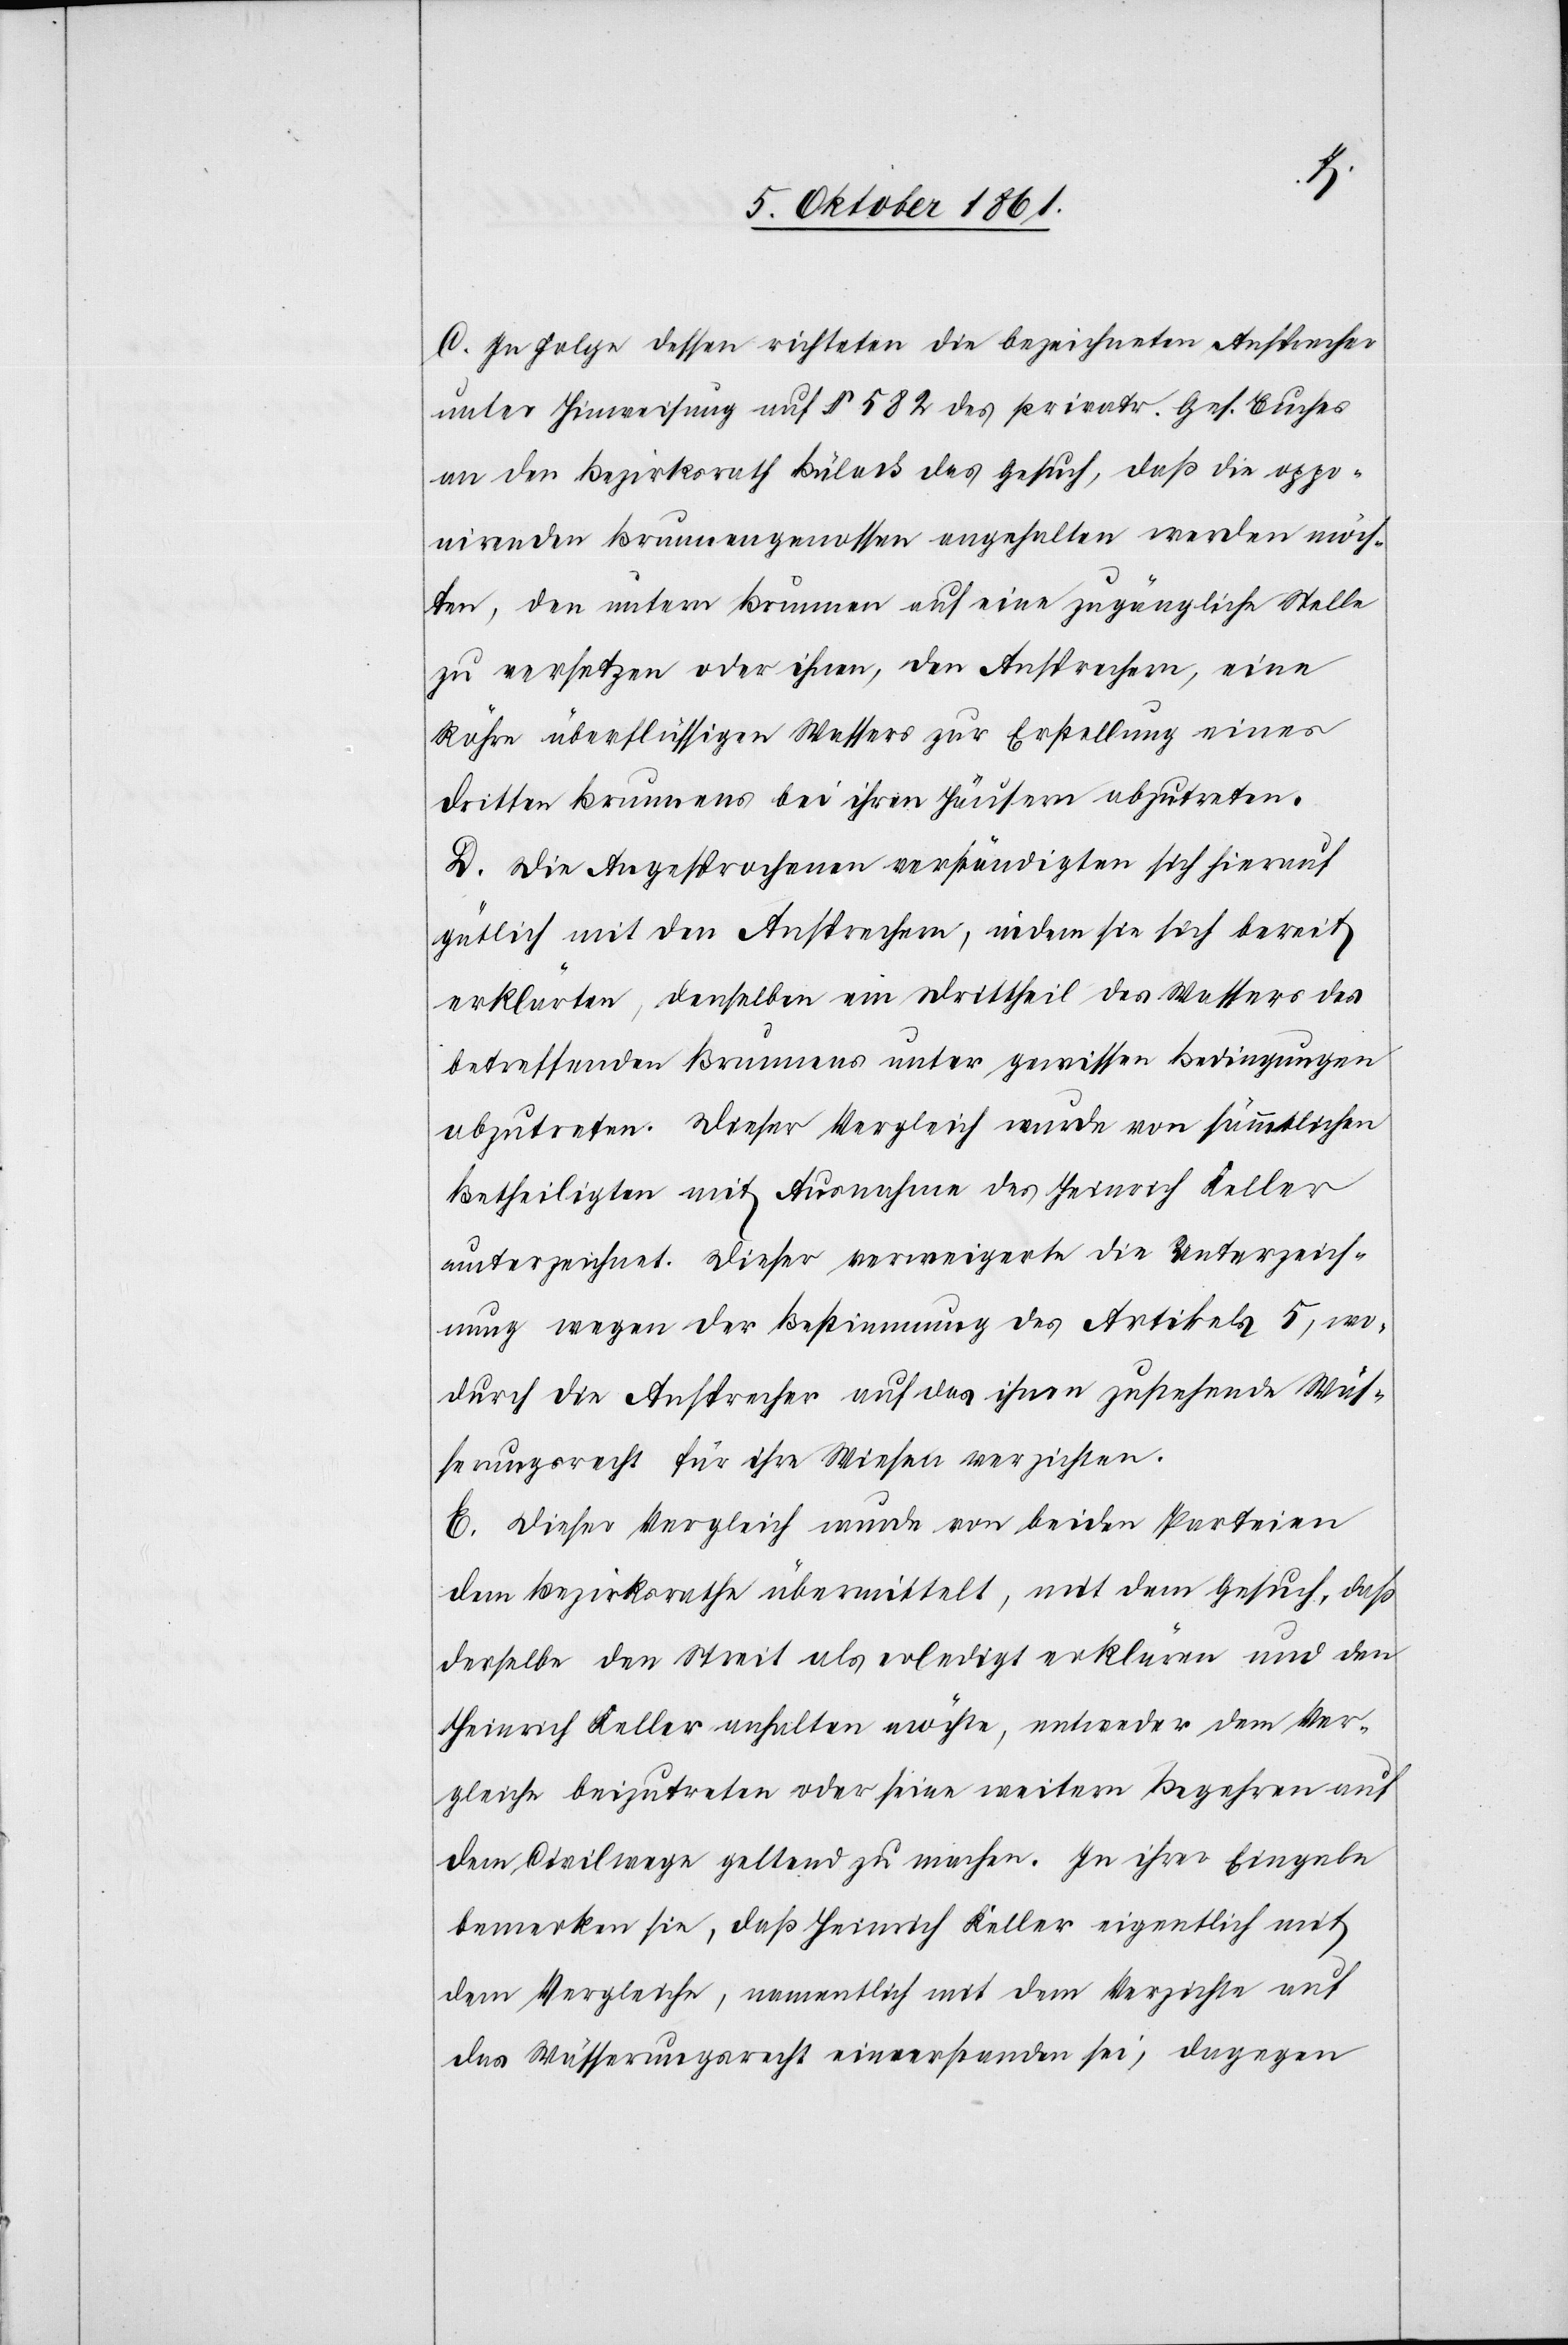
C. In Folge dessen richteten die bezeichneten Ansprecher
unter Hinweisung auf § 582 des privatr. Ges. Buches
an den Bezirksrath Bülach das Gesuch, daß die oppo¬
nirenden Brunnengenossen angehalten werden möch¬
ten, den untern Brunnen auf eine zugängliche Stelle
zu versetzen oder ihnen, den Ansprechern, eine
Röhre überflüssigen Wassers zur Erstellung eines
dritten Brunnens bei ihren Häusern abzutreten.
D. Die Angesprochenen verständigten sich hierauf
gütlich mit den Ansprechern, indem sie sich bereit
erklärten, denselben ein Drittheil des Wassers des
betreffenden Brunnens unter gewissen Bedingungen
abzutreten. Dieser Vergleich wurde von sämmtlichen
Betheiligten mit Ausnahme des Heinrich Keller
unterzeichnet. Dieser verweigerte die Unterzeich¬
nung wegen der Bestimmung des Artikels 5, wo¬
durch die Ansprecher auf das ihnen zustehende Wäs¬
serungsrecht für ihre Wiesen verzichten.
E. Dieser Vergleich wurde von beiden Parteien
dem Bezirksrathe übermittelt, mit dem Gesuch, daß
derselbe den Streit als erledigt erklären und den
Heinrich Keller anhalten möchte, entweder dem Ver¬
gleiche beizutreten oder seine weitern Begehren auf
dem Civilwege geltend zu machen. In ihrer Eingabe
bemerken sie, daß Heinrich Keller eigentlich mit
dem Vergleiche, namentlich dem Verzichte auf
das Wässerungsrecht einverstanden sei, dagegen